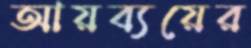
আয়ব্যয়ের